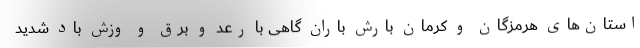
استان‌های هرمزگان و کرمان بارش باران گاهی با رعد و برق و وزش باد شدید